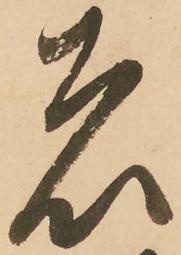
者